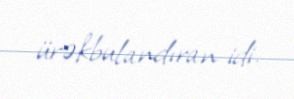
ürəkbulandıran idi.